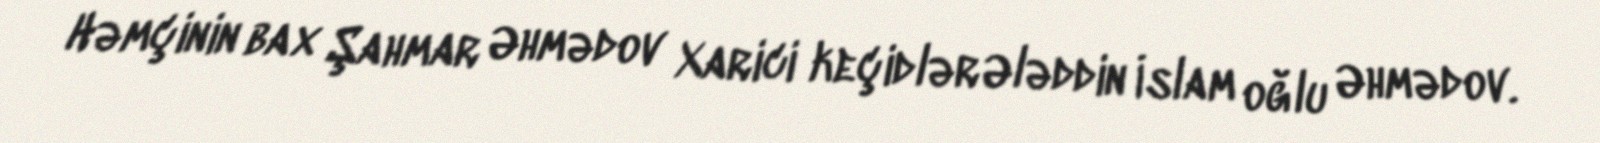
Həmçinin bax Şahmar Əhmədov Xarici keçidlər Ələddin İslam oğlu Əhmədov.